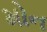
મોન